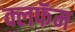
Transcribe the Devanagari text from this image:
क्लफॅम